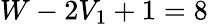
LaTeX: W-2V_{1}+1=8